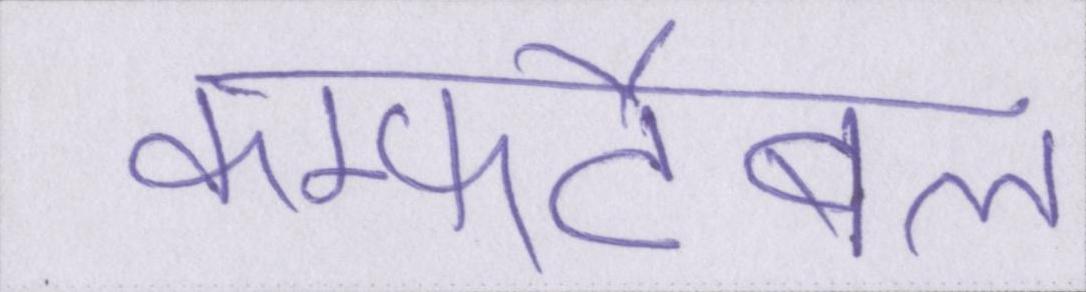
कम्फर्टेबल